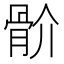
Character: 骱